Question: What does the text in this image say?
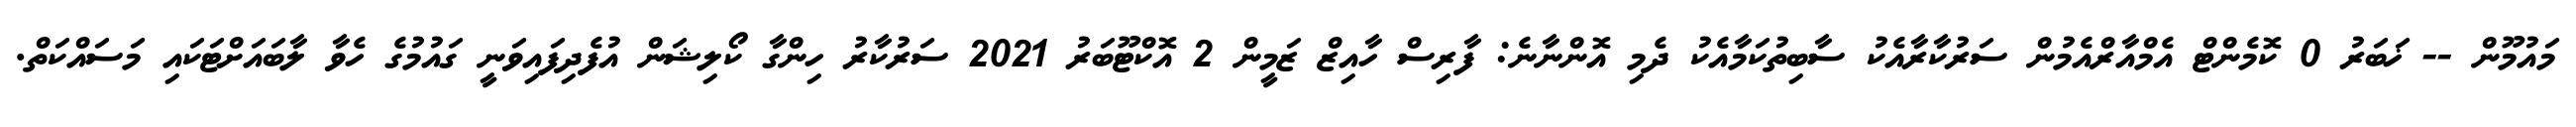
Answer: މައުމޫން -- ޚަބަރު 0 ކޮމެންޓް އެމްއާރްއެމުން ސަރުކާރާއެކު ސާބިތުކަމާއެކު ދެމި އޮންނާނެ: ފާރިސް ހާއިޒް ޒަމީން 2 އޮކްޓޫބަރު 2021 ސަރުކާރު ހިންގާ ކޯލިޝަން އުފެދިފައިވަނީ ގައުމުގެ ހެވާ ލާބައަށްޓަކައި މަސައްކަތް.